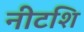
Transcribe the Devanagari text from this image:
नीटशि